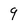
Character: 9